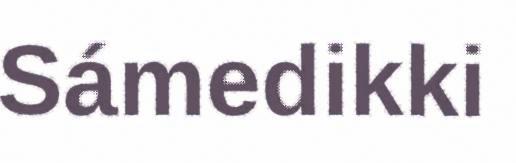
Sámedikki